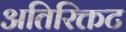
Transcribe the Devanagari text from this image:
अतिरिक्तट